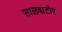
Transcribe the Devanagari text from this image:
सालवाटोर